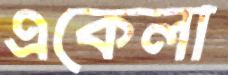
একেলা